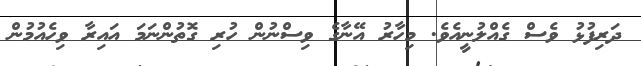
ދަރިފުޅު ވެސް ގެއްލުނީއެވެ. މިހާރު އޭނާގެ ވިސްނުން ހުރި ގޮތުންނަމަ އައިރާ ވިހެއުމުން